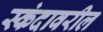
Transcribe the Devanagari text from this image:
स्कंदावरील